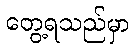
တွေ့ရသည်မှာ